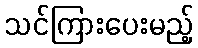
သင်ကြားပေးမည့်